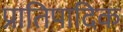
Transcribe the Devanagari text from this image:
प्रातिपादिक